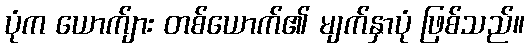
ပုံက ယောက်ျား တစ်ယောက်၏ မျက်နှာပုံ ဖြစ်သည်။